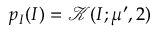
p _ { I } ( I ) = \mathcal { K } ( I ; \mu ^ { \prime } , 2 )